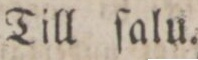
Till ſalu.